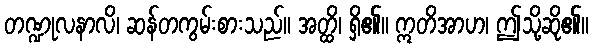
တဏ္ဍုလနာလိ၊ ဆန်တကွမ်းစားသည်။ အတ္ထိ၊ ရှိ၏။ ဣတိအာဟ၊ ဤသို့ဆို၏။